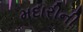
મદારીની